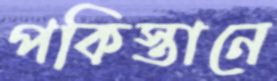
পকিস্তানে